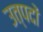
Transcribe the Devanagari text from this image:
उत्पदों